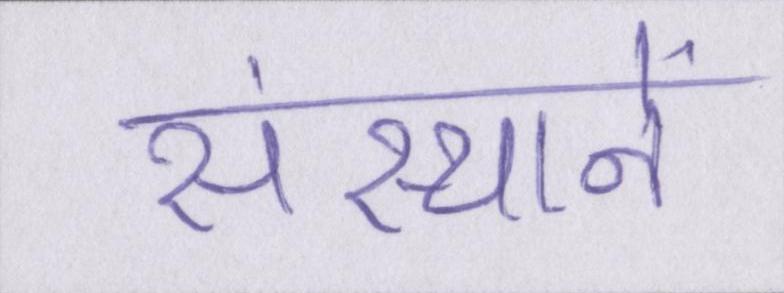
संस्थानें